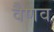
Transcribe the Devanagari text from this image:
वैणव